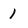
Character: 1